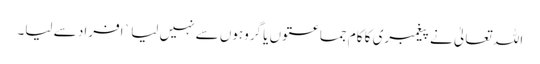
اللہ تعالیٰ نے پیغمبری کا کام جماعتوں یا گروہوں سے نہیں لیا ` افراد سے لیا۔